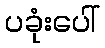
ပခုံးပေါ်